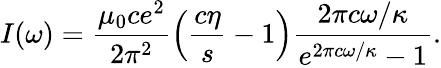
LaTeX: I(\omega)=\frac{\mu_{0}ce^{2}}{2\pi^{2}}\left(\frac{c\eta}{s}-1\right)\frac{2\pi c\omega/\kappa}{e^{2\pi c\omega/\kappa}-1}.